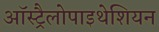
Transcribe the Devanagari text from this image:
ऑस्ट्रैलोपाइथेशियन